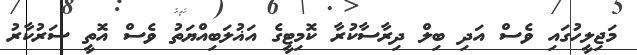
މަޖިލީހުގައި ވެސް އަދި ބިލް ދިރާސާކުރާ ކޮމިޓީގެ އަޣުލަބިއްޔަތު ވެސް އޮތީ ސަރުކާރު